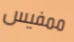
ممفيس